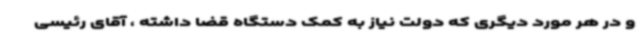
و در هر مورد دیگری که دولت نیاز به کمک دستگاه قضا داشته ، آقای رئیسی